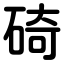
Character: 碕